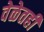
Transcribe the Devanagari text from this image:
वेळेतही